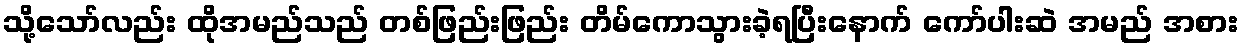
သို့သော်လည်း ထိုအမည်သည် တစ်ဖြည်းဖြည်း တိမ်ကောသွားခဲ့ရပြီးနောက် ကော်ပါးဆဲ အမည် အစား